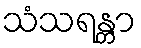
သံသရန္တာ